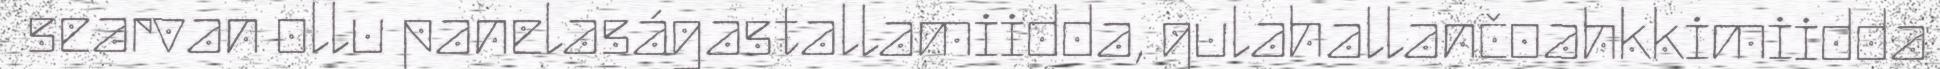
searvan ollu panelaságastallamiidda, gulahallančoahkkimiidda